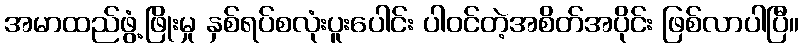
အမာထည်ဖွံ့ဖြိုးမှု နှစ်ရပ်စလုံးပူးပေါင်း ပါဝင်တဲ့အစိတ်အပိုင်း ဖြစ်လာပါပြီ။